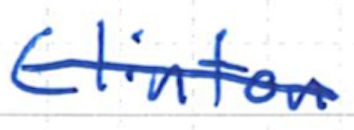
Text: Clinton
Cross-out: single-line
Writing tool: ballpoint